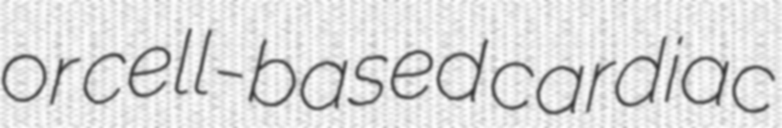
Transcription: or cell-based cardiac